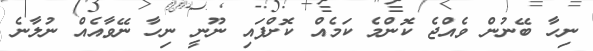
ނިހާ ބޭނުން ވެއްޖެ ކޮންމެ ކަމެއް ކޮށްފައި ނޫނީ ނިހާ ނޭވާއެއް ނުލާނެ